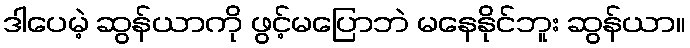
ဒါပေမဲ့ ဆွန်ယာကို ဖွင့်မပြောဘဲ မနေနိုင်ဘူး ဆွန်ယာ။